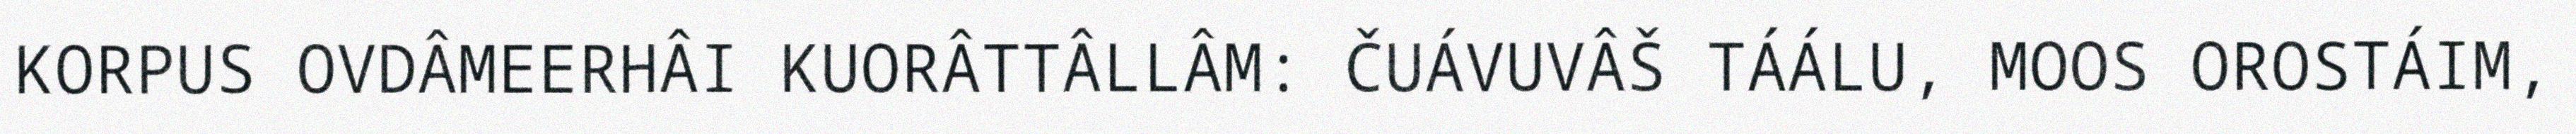
KORPUS OVDÂMEERHÂI KUORÂTTÂLLÂM: ČUÁVUVÂŠ TÁÁLU, MOOS OROSTÁIM,